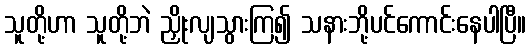
သူတို့ဟာ သူတို့ဘဲ ညှိုးလျသွားကြ၍ သနားဘို့ပင်ကောင်းနေပါပြီ။